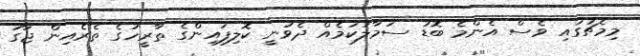
މިމެޗުގައި ވެސް އެންމެ ބޮޑު ސަމާލުކަމެއް ދެވުނީ ކޮލިފައިންގެ ތާރީހުގެ ތެރެއިން ޖާގަ